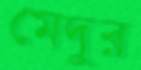
মেদুর